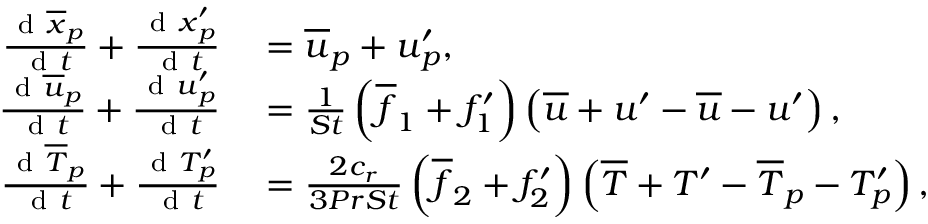
\begin{array} { r l } { \frac { \mathrm { ~ d ~ } \overline { { \boldsymbol { x } } } _ { p } } { \mathrm { ~ d ~ } t } + \frac { \mathrm { ~ d ~ } \boldsymbol { x } _ { p } ^ { \prime } } { \mathrm { ~ d ~ } t } } & { { } = \overline { { \boldsymbol u } } _ { p } + \boldsymbol u _ { p } ^ { \prime } , } \\ { \frac { \mathrm { ~ d ~ } \overline { { \boldsymbol { u } } } _ { p } } { \mathrm { ~ d ~ } t } + \frac { \mathrm { ~ d ~ } \boldsymbol { u } _ { p } ^ { \prime } } { \mathrm { ~ d ~ } t } } & { { } = \frac { 1 } { S t } \left( \overline { { f } } _ { 1 } + f _ { 1 } ^ { \prime } \right) \left( \overline { { \boldsymbol u } } + \boldsymbol u ^ { \prime } - \overline { { \boldsymbol u } } - \boldsymbol u ^ { \prime } \right) , } \\ { \frac { \mathrm { ~ d ~ } \overline { T } _ { p } } { \mathrm { ~ d ~ } t } + \frac { \mathrm { ~ d ~ } T _ { p } ^ { \prime } } { \mathrm { ~ d ~ } t } } & { { } = \frac { 2 c _ { r } } { 3 P r S t } \left( \overline { { f } } _ { 2 } + f _ { 2 } ^ { \prime } \right) \left( \overline { { T } } + T ^ { \prime } - \overline { { T } } _ { p } - T _ { p } ^ { \prime } \right) , } \end{array}